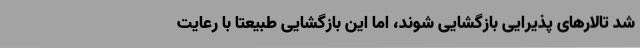
شد تالارهای پذیرایی بازگشایی شوند، اما این بازگشایی طبیعتا با رعایت